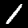
Label: 1